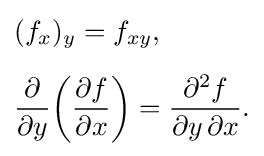
{\begin{aligned}&(f_{x})_{y}=f_{xy},\\[5pt]&{\frac {\partial }{\partial y}}\!\left({\frac {\partial f}{\partial x}}\right)={\frac {\partial ^{2}f}{\partial y\,\partial x}}.\end{aligned}}